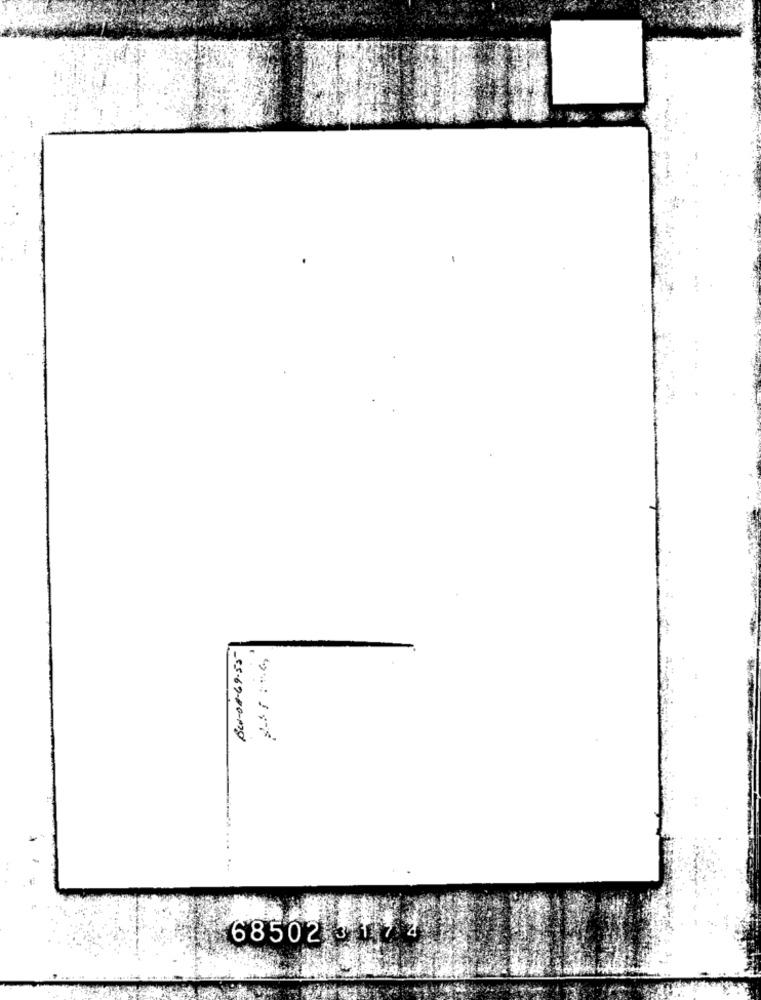
-55-69-00-m29
68502 5114